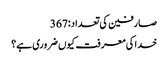
صارفین کی تعداد:367
خدا کی معرفت کیوں ضروری ہے؟